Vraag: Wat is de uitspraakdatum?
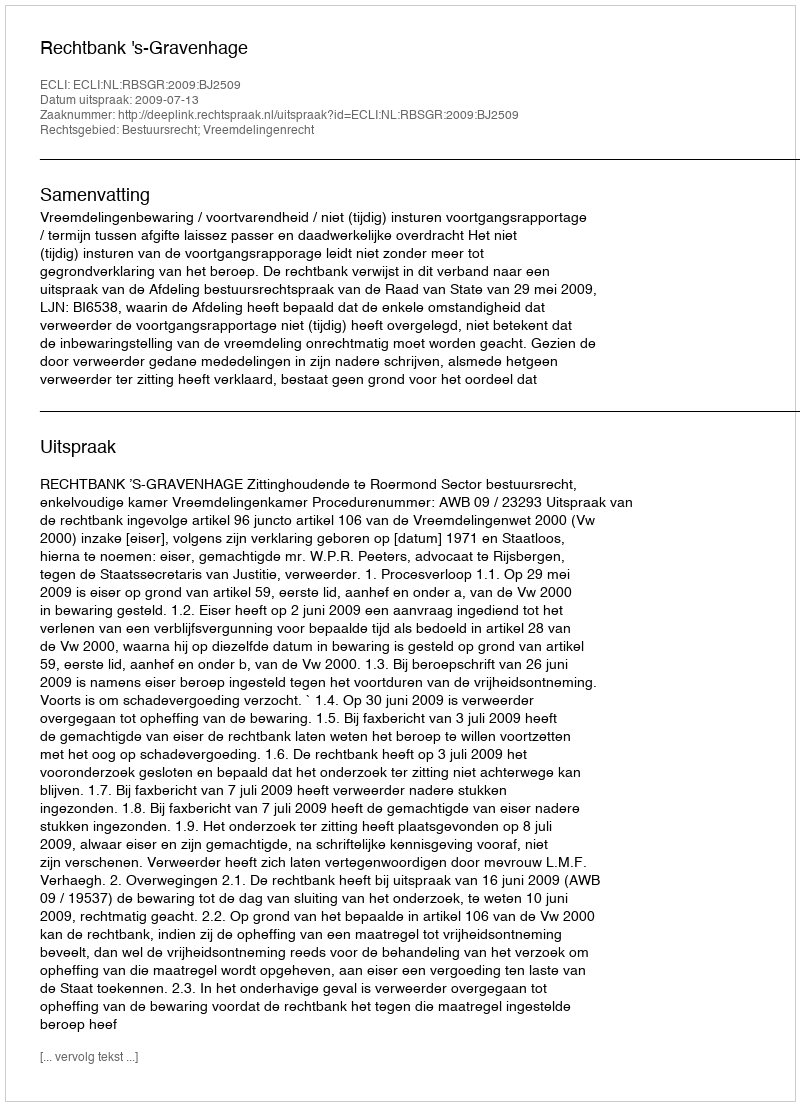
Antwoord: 2009-07-13